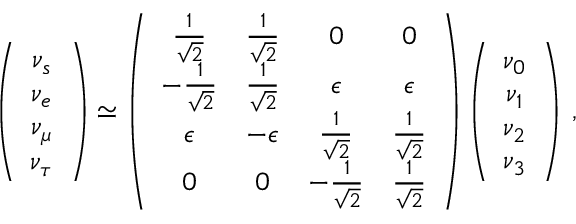
\left( \begin{array} { c } { { \nu _ { s } } } \\ { { \nu _ { e } } } \\ { { \nu _ { \mu } } } \\ { { \nu _ { \tau } } } \end{array} \right) \simeq \left( \begin{array} { c c c c } { { { \frac { 1 } { \sqrt 2 } } } } & { { { \frac { 1 } { \sqrt 2 } } } } & { { 0 } } & { { 0 } } \\ { { - { \frac { 1 } { \sqrt 2 } } } } & { { { \frac { 1 } { \sqrt 2 } } } } & { { \epsilon } } & { { \epsilon } } \\ { { \epsilon } } & { { - \epsilon } } & { { { \frac { 1 } { \sqrt 2 } } } } & { { { \frac { 1 } { \sqrt 2 } } } } \\ { { 0 } } & { { 0 } } & { { - { \frac { 1 } { \sqrt 2 } } } } & { { { \frac { 1 } { \sqrt 2 } } } } \end{array} \right) \left( \begin{array} { c } { { \nu _ { 0 } } } \\ { { \nu _ { 1 } } } \\ { { \nu _ { 2 } } } \\ { { \nu _ { 3 } } } \end{array} \right) \, ,